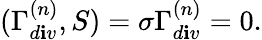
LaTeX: (\Gamma_{d\mathbf{i}v}^{(n)},S)=\sigma\Gamma_{d\mathbf{i}v}^{(n)}=0.